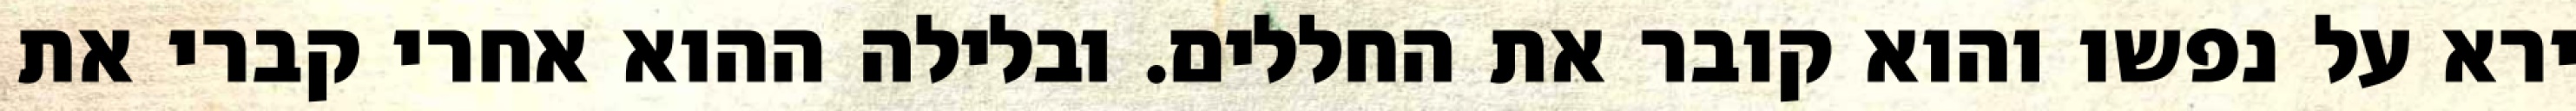
ירא על נפשו והוא קובר את החללים. ובלילה ההוא אחרי קברי את